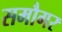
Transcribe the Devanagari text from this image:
समौगर